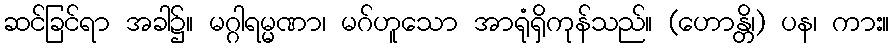
ဆင်ခြင်ရာ အခါ၌။ မဂ္ဂါရမ္မဏာ၊ မဂ်ဟူသော အာရုံရှိကုန်သည်။ (ဟောန္တိ၊) ပန၊ ကား။